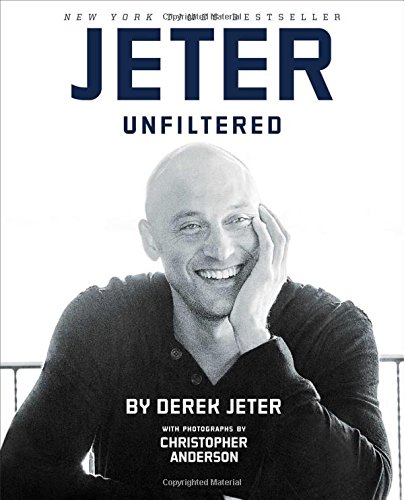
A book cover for Jeter Unfiltered; Derek Jeter; Arts & Photography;